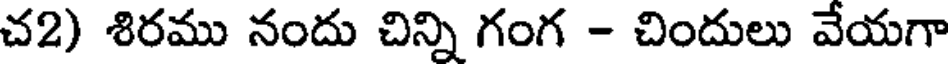
చ2) శిరము నందు చిన్ని గంగ - చిందులు వేయగా